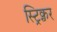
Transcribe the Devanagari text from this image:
स्ट्रिक्चर